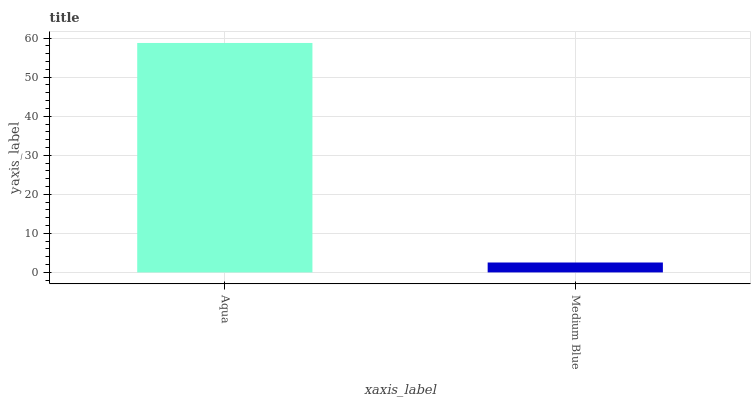
| xaxis_label | bars |
 | --- | --- |
 | Aqua | 58.8 |
 | Medium Blue | 2.54 |